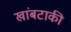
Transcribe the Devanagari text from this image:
खांबटाकी